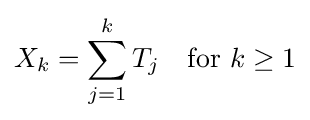
X_{k}=\sum _{j=1}^{k}T_{j}\quad {\text{for }}k\geq 1